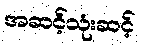
အဆင့်သုံးဆင့်